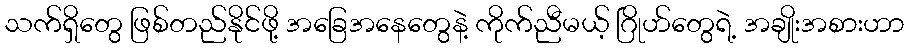
သက်ရှိတွေ ဖြစ်တည်နိုင်ဖို့ အခြေအနေတွေနဲ့ ကိုက်ညီမယ့် ဂြိုဟ်တွေရဲ့ အချိုးအစားဟာ